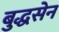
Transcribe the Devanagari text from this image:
बुद्धसेन